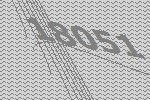
18051